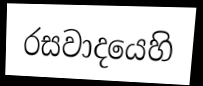
රසවාදයෙහි